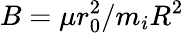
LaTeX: B=\mu r_{0}^{2}/m_{i}R^{2}